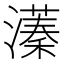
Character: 𬉔